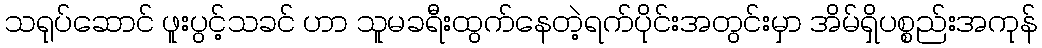
သရုပ်ဆောင် ဖူးပွင့်သခင် ဟာ သူမခရီးထွက်နေတဲ့ရက်ပိုင်းအတွင်းမှာ အိမ်ရှိပစ္စည်းအကုန်